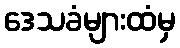
ဒေသခံများထံမှ